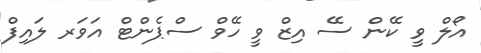
އޯލް ވީ ކޭން ސޭ އިޒް ވީ ހޭވް ސްޕެންޓް އަވަރ ލައިފް